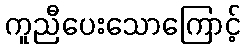
ကူညီပေးသောကြောင့်